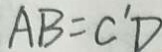
A B = C ^ { \prime } D